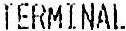
TERMINAL